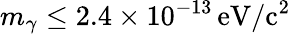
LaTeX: m_{\gamma}\leq 2.4\times 10^{-13}\, \mathrm{eV/c^{2}}